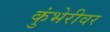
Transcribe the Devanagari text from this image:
कुंभेरीवर